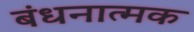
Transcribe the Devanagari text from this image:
बंधनात्मक